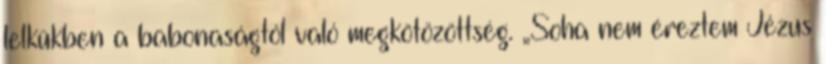
lelkükben a babonaságtól való megkötözöttség. „Soha nem éreztem Jézus